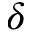
\delta